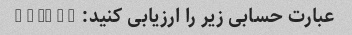
عبارت حسابی زیر را ارزیابی کنید: 8 + 10 * 2